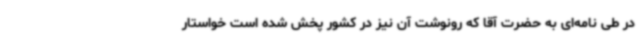
در طی نامه‌ای به حضرت آقا که رونوشت آن نیز در کشور پخش شده است خواستار